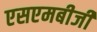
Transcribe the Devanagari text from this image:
एसएमबीजी